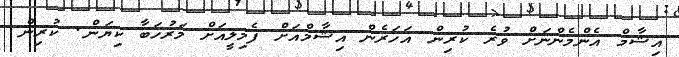
އިޝާމް އެންމެންނަށް ވުރެ ކުރިން އަހަރެން އިޝާމްއަށް ފެމިލީއަށް މަރުހަބާ ކިޔަން. ކުރިން